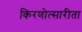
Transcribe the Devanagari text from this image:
किरणोत्सारीता